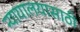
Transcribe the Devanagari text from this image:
न्यायालयासाठी